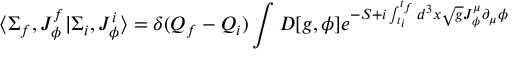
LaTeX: \langle \Sigma _ { f } , J _ { \phi } ^ { f } \vert \Sigma _ { i } , J _ { \phi } ^ { i } \rangle = \delta ( Q _ { f } - Q _ { i } ) \int D [ g , \phi ] { e ^ { - S + i \int _ { t _ { i } } ^ { t _ { f } } d ^ { 3 } x \sqrt { g } J _ { \phi } ^ { \mu } \partial _ { \mu } \phi } }